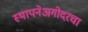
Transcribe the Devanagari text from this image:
स्थापनेअगोदरचा